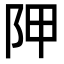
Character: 𨸺